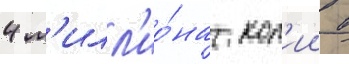
4 м'илл'ио́на коп'ии в